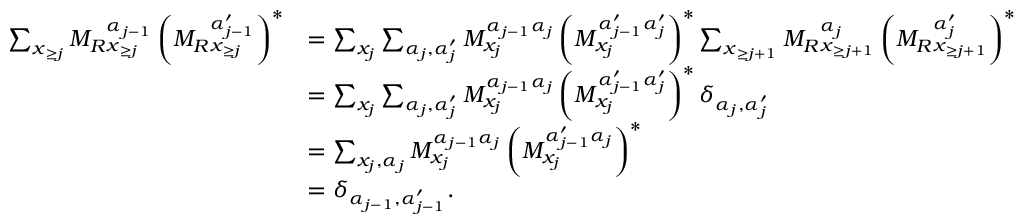
\begin{array} { r l } { \sum _ { \boldsymbol { x } _ { \ge j } } { M _ { R } } _ { \boldsymbol x _ { \ge j } } ^ { \alpha _ { j - 1 } } \left( { M _ { R } } _ { \boldsymbol x _ { \ge j } } ^ { \alpha _ { j - 1 } ^ { \prime } } \right) ^ { * } } & { = \sum _ { x _ { j } } \sum _ { \alpha _ { j } , \alpha _ { j } ^ { \prime } } M _ { x _ { j } } ^ { \alpha _ { j - 1 } \alpha _ { j } } \left( M _ { x _ { j } } ^ { \alpha _ { j - 1 } ^ { \prime } \alpha _ { j } ^ { \prime } } \right) ^ { * } \sum _ { \boldsymbol { x } _ { \ge j + 1 } } { M _ { R } } _ { \boldsymbol { x } _ { \ge j + 1 } } ^ { \alpha _ { j } } \left( { M _ { R } } _ { \boldsymbol { x } _ { \ge j + 1 } } ^ { \alpha _ { j } ^ { \prime } } \right) ^ { * } } \\ & { = \sum _ { x _ { j } } \sum _ { \alpha _ { j } , \alpha _ { j } ^ { \prime } } M _ { x _ { j } } ^ { \alpha _ { j - 1 } \alpha _ { j } } \left( M _ { x _ { j } } ^ { \alpha _ { j - 1 } ^ { \prime } \alpha _ { j } ^ { \prime } } \right) ^ { * } \delta _ { \alpha _ { j } , \alpha _ { j } ^ { \prime } } } \\ & { = \sum _ { x _ { j } , \alpha _ { j } } M _ { x _ { j } } ^ { \alpha _ { j - 1 } \alpha _ { j } } \left( M _ { x _ { j } } ^ { \alpha _ { j - 1 } ^ { \prime } \alpha _ { j } } \right) ^ { * } } \\ & { = \delta _ { \alpha _ { j - 1 } , \alpha _ { j - 1 } ^ { \prime } } . } \end{array}